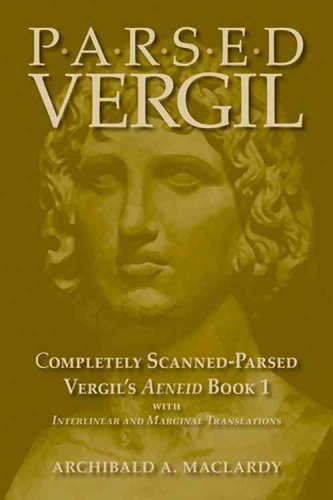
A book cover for Parsed Vergil: Completely Scanned-Parsed Vergil's Aeneid Book I; Virgil; Reference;